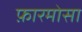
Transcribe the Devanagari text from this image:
फ़ारमोसा